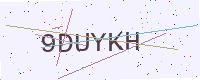
Text: 9DUYKH